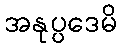
အနုပ္ပဒေမိ